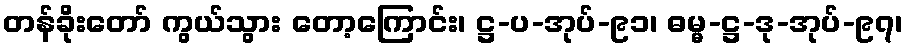
တန်ခိုးတော် ကွယ်သွား တော့ကြောင်း၊ ဋ္ဌ-ပ-အုပ်-၉၁၊ ဓမ္မ-ဋ္ဌ-ဒု-အုပ်-၉၇၊